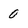
Character: 0